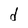
Character: d